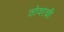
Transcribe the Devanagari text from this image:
तोवरची